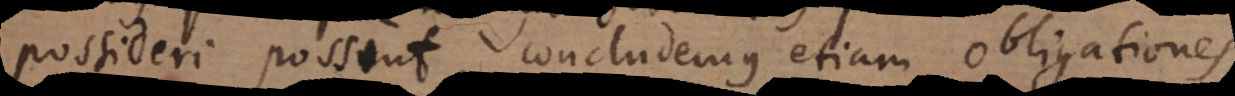
possideri possint, concludemus etiam obligationes